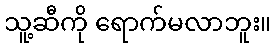
သူ့ဆီကို ရောက်မလာဘူး။